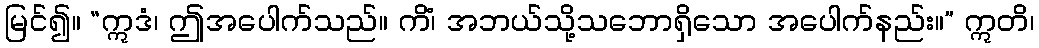
မြင်၍။ “ဣဒံ၊ ဤအပေါက်သည်။ ကိံ၊ အဘယ်သို့သဘောရှိသော အပေါက်နည်း။” ဣတိ၊